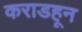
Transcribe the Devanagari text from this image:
कराडहून